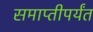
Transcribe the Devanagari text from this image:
समाप्‍तीपर्यंत